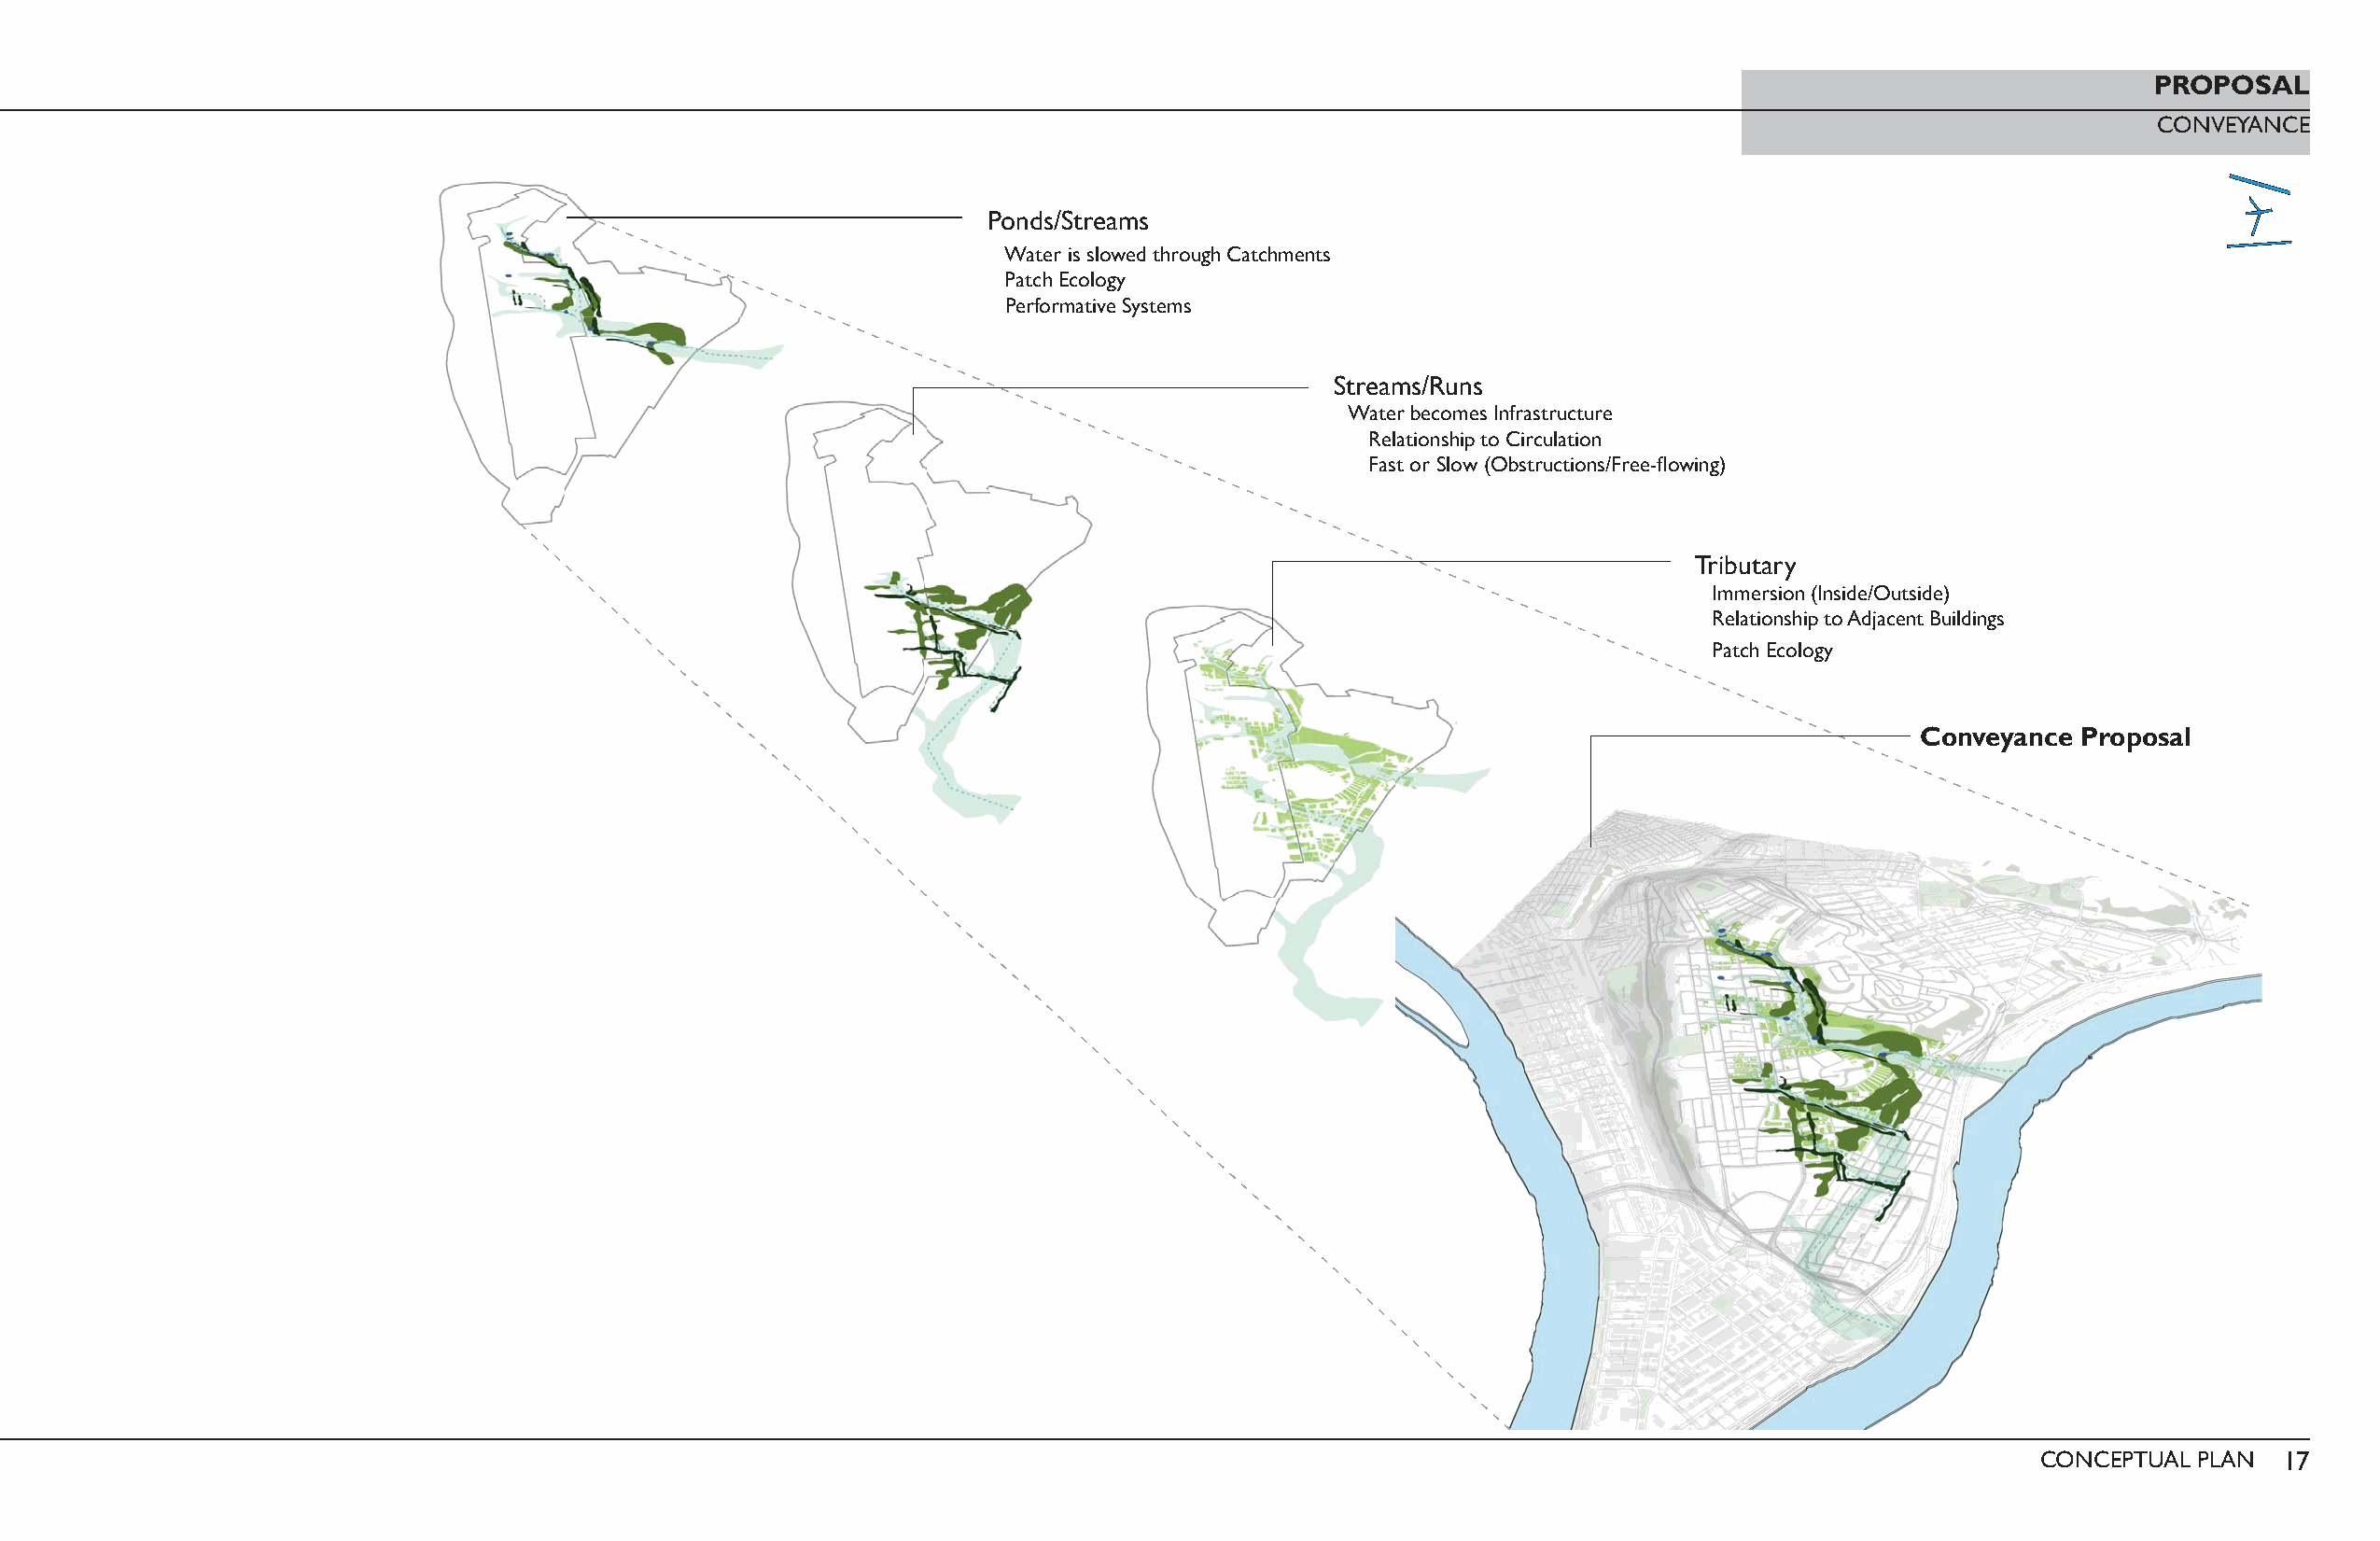
PROPOSAL
 CONVEYANCE
 Ponds/Streams
 Water is slowed through Catchments
 Patch Ecology
 Performative Systems
 Streams/Runs
 Water becomes Infrastructure
 Relationship to Circulation
 Fast or Slow (Obstructions/Free-fl owing)
 Tributary
 Immersion (Inside/Outside)
 Relationship to Adjacent Buildings
 Patch Ecology
 Conveyance  Proposal
 CONCEPTUAL PLAN  17